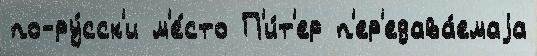
по-ру́сск'и м'е́сто П'и́т'ер п'ер'едава́емаjа